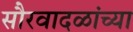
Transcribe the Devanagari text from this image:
सौरवादळांच्या